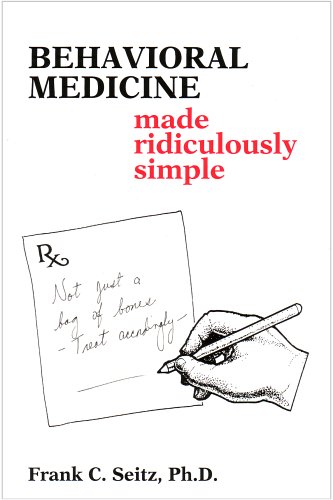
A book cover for Behavioral Medicine Made Ridiculously Simple (Medmaster Series); Frank C. Seitz; Health, Fitness & Dieting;